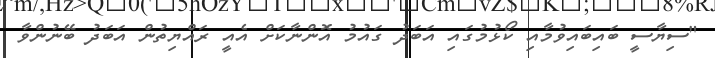
"ސިޔާސީ ބައިބައިވުމާއި ކޯޅުމުގައި އަބަދު ގައުމު އޮންނާކަށް އެއީ ރައްޔިތުން އަބަދު ބޭނުންވާ